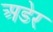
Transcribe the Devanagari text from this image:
अडेर